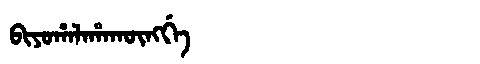
Manchu: ᠪᡳᠶᠣᡥᠠᠯᠠᡥᠠᡴᡡᠩᡤᡝ
Romanization: BIYOHALAHAKŪNGGE